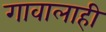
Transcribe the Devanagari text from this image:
गावालाही